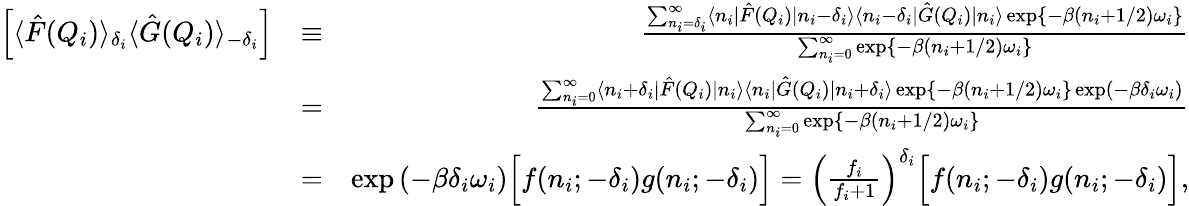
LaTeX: \begin{array}{rlr}{\left[\langle\hat{F}(Q_{i})\rangle_{\delta_{i}}\langle\hat{G}(Q_{i})\rangle_{-\delta_{i}}\right]}&{\equiv}&{\frac{\sum_{n_{i}=\delta_{i}}^{\infty}\langle n_{i}|\hat{F}(Q_{i})|n_{i}-\delta_{i}\rangle\langle n_{i}-\delta_{i}|\hat{G}(Q_{i})|n_{i}\rangle\exp\left\{ -\beta(n_{i}+1/2)\omega_{i}\right\} }{\sum_{n_{i}=0}^{\infty}\exp\left\{ -\beta(n_{i}+1/2)\omega_{i}\right\} }}\\ &{=}&{\frac{\sum_{n_{i}=0}^{\infty}\langle n_{i}+\delta_{i}|\hat{F}(Q_{i})|n_{i}\rangle\langle n_{i}|\hat{G}(Q_{i})|n_{i}+\delta_{i}\rangle\exp\left\{ -\beta(n_{i}+1/2)\omega_{i}\right\} \exp\left(-\beta\delta_{i}\omega_{i}\right)}{\sum_{n_{i}=0}^{\infty}\exp\left\{ -\beta(n_{i}+1/2)\omega_{i}\right\} }}\\ &{=}&{\exp\left(-\beta\delta_{i}\omega_{i}\right)\Big[f(n_{i};-\delta_{i})g(n_{i};-\delta_{i})\Big]=\left(\frac{f_{i}}{f_{i}+1}\right)^{\delta_{i}}\Big[f(n_{i};-\delta_{i})g(n_{i};-\delta_{i})\Big],}\end{array}